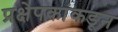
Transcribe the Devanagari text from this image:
प्रक्षेपकांकडून